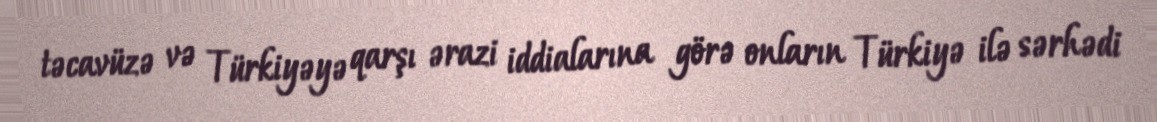
təcavüzə və Türkiyəyə qarşı ərazi iddialarına görə onların Türkiyə ilə sərhədi